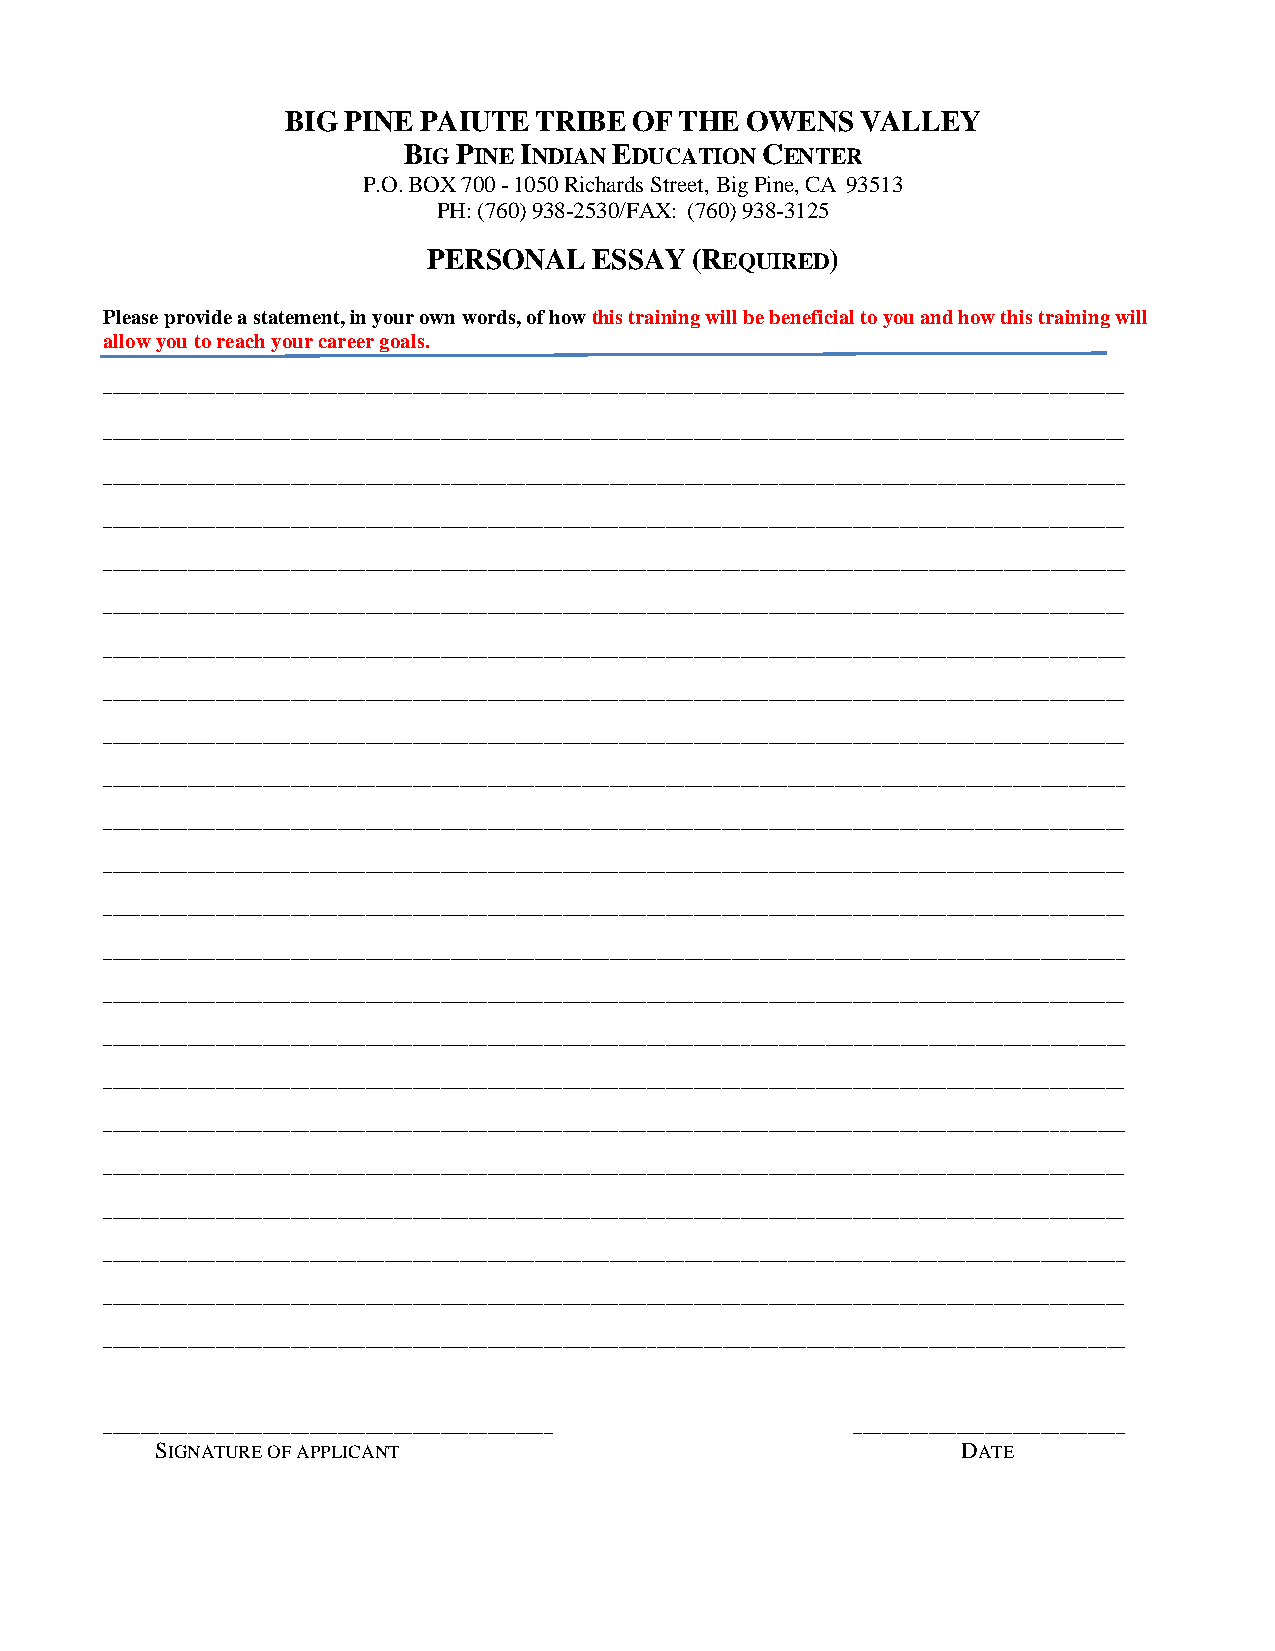
BIG PINE PAIUTE TRIBE  OF THE OWENS   VALLEY
 BIG PINE INDIAN EDUCATION CENTER
 P.O. BOX 700 - 1050 Richards Street, Big Pine, CA 93513
 PH: (760) 938-2530/FAX: (760) 938-3125
 PERSONAL   ESSAY  (REQUIRED)
 Please provide a statement, in your own words, of how this training will be beneficial to you and how this training will
 allow you to reach your career goals.
 _____________________________________________________________________________________________________________
 _____________________________________________________________________________________________________________
 _____________________________________________________________________________________________________________
 _____________________________________________________________________________________________________________
 _____________________________________________________________________________________________________________
 _____________________________________________________________________________________________________________
 _____________________________________________________________________________________________________________
 _____________________________________________________________________________________________________________
 _____________________________________________________________________________________________________________
 _____________________________________________________________________________________________________________
 _____________________________________________________________________________________________________________
 _____________________________________________________________________________________________________________
 _____________________________________________________________________________________________________________
 _____________________________________________________________________________________________________________
 _____________________________________________________________________________________________________________
 _____________________________________________________________________________________________________________
 _____________________________________________________________________________________________________________
 _____________________________________________________________________________________________________________
 _____________________________________________________________________________________________________________
 _____________________________________________________________________________________________________________
 _____________________________________________________________________________________________________________
 _____________________________________________________________________________________________________________
 _____________________________________________________________________________________________________________
 ________________________________________________  _____________________________
 SIGNATURE OF APPLICANT                                DATE